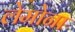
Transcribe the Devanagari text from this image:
लेमोना